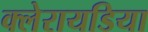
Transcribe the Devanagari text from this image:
क्लेरायडिया